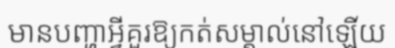
មានបញ្ហាអ្វីគួរឱ្យកត់សម្គាល់នៅឡើយ